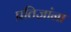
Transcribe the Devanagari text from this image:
प्रतिज्ञांना